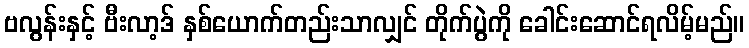
ဗလွန်းနှင့် ဗီးလာ့ဒ် နှစ်ယောက်တည်းသာလျှင် တိုက်ပွဲကို ခေါင်းဆောင်ရလိမ့်မည်။